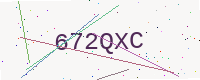
Text: 672QXC